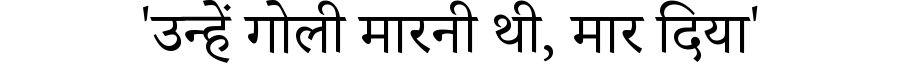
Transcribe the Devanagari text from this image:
'उन्हें गोली मारनी थी, मार दिया'